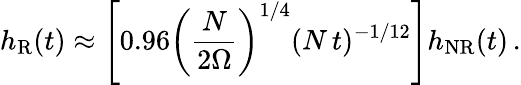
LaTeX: h_{\mathrm{R}}(t)\approx\left[0.96\left(\frac{N}{2\Omega}\right)^{1/4}(N\, t)^{-1/12}\right]h_{\mathrm{NR}}(t)\, .